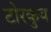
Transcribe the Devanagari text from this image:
टोरकुय